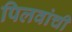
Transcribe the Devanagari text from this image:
पिलवांची